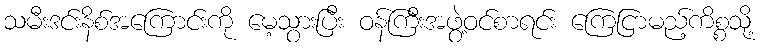
သမီးဒင်းနိစ်အကြောင်းကို မေ့သွားပြီး ဝန်ကြီးအဖွဲ့ဝင်စာရင်း ကြေငြာမည့်ကိစ္စသို့